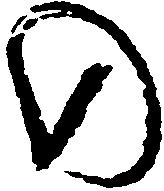
の